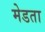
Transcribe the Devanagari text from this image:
मेडता